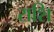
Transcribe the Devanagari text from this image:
राशि